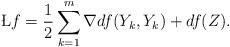
LaTeX: \begin{align*}\L f={1\over 2}\sum_{k=1}^m \nabla df(Y_k,Y_k)+df(Z).\end{align*}